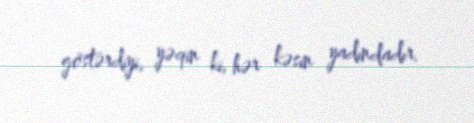
göstərdiyi, yəqin ki, hər kəsin yadındadır.